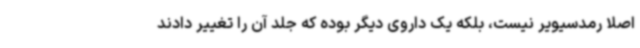
اصلا رمدسیویر نیست، بلکه یک داروی دیگر بوده که جلد آن را تغییر دادند